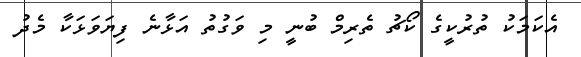
އެކަމަކު ތުރުކީގެ ކޯޗު ތެރިމް ބުނީ މި ވަގުތު އަޅާނެ ފިޔަވަޅަކާ މެދު